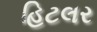
હિટલર